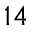
1 4